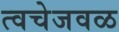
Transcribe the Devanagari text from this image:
त्वचेजवळ